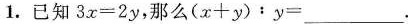
1.已知3x=2y，那么(x+y)﹔y=_________.